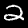
Label: 2